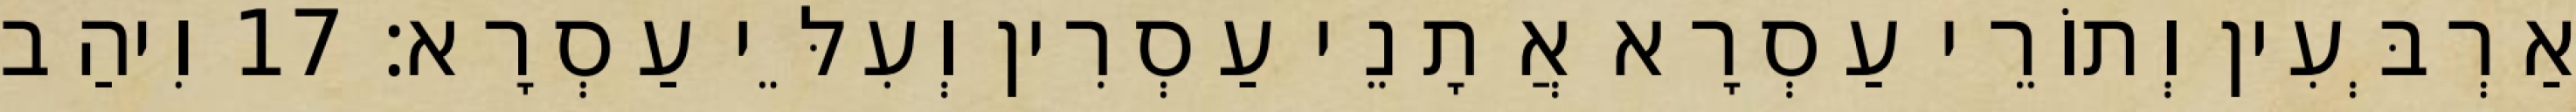
אַרְבְּעִין וְתוֹרֵי עַסְרָא אֲתָנֵי עַסְרִין וְעִלֵּי עַסְרָא׃ 17 וִיהַב